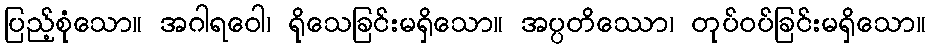
ပြည့်စုံသော။ အဂါရဝေါ၊ ရိုသေခြင်းမရှိသော။ အပ္ပတိဿော၊ တုပ်ဝပ်ခြင်းမရှိသော။